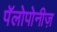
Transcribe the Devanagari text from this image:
पॅलोपोनीज़